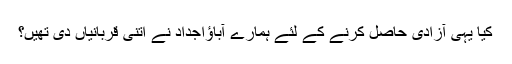
کیا یہی آزادی حاصل کرنے کے لئے ہمارے آباؤاجداد نے اتنی قربانیاں دی تھیں؟